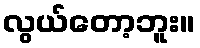
လွယ်တော့ဘူး။